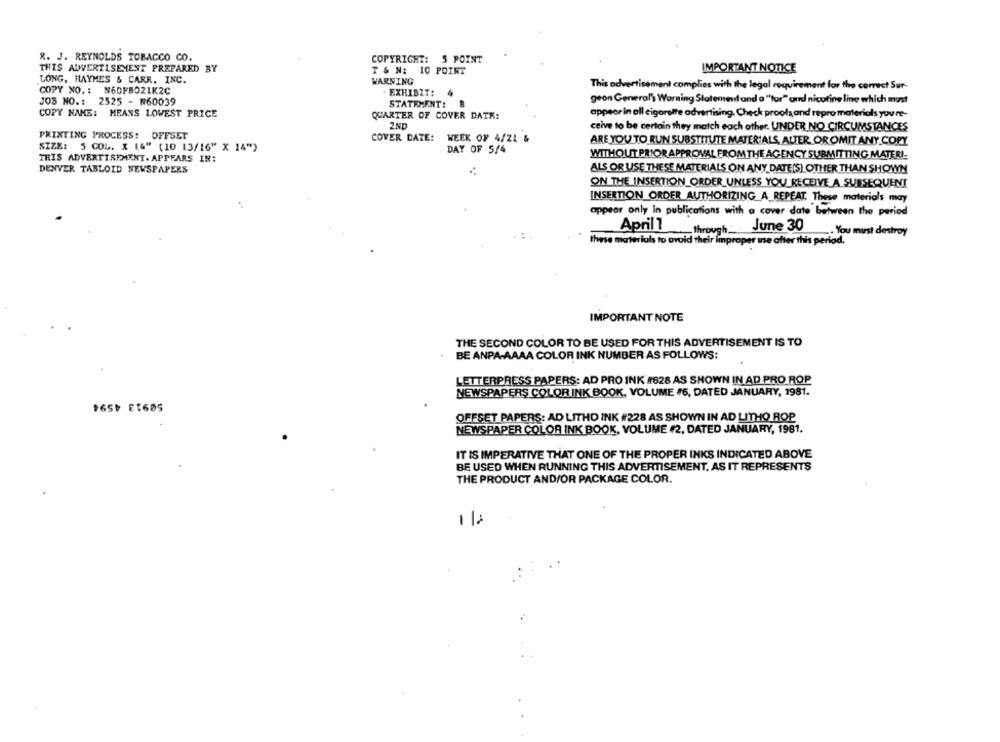
R. J. REYNOLDS TOBACCO CO.
COPYRIGHT: 5 POINT
THIS ADVERTISEMENT PREPARED BY
T & N: 10 POINT
IMPORTANT NOTICE
LONG, HAYMES & CARR, INC.
WARNING
COPY NO. : N6DFB021K2C
This advertisement complies with the legal requirement for the correct Sur-
EXHIBIT:
JOB NO .: 2525 - 60039
STATEMENT:
geon General's Warning Stateminil and a "'tor" and nicotine line which must
COPY NAME: MEANS LOWEST PRICE
QUARTER OF COVER DATE:
appear in all cigarette advertising. Check proofs,and repro materials you re-
2ND
ceive to be certain they match each other. UNDER NO CIRCUMSTANCES
PRINTING PROCESS: OFFSET
COVER DATE:
WEEK OF 4/21 &
ARE YOU TO RUN SUBSTITUTE MATERIALS, ALTER OR OMIT ANY.COPY
SIZE: 5 COL. X 14" (10 13/16" X 14")
DAY OF 5/4
WITHOUT PRIOR APPROVAL FROMTHE AGENCY SUBMITTING MATERI.
THIS ADVERTISEMENT. APPEARS IN:
DENVER TABLOID NEWSPAPERS
ALS OR USE THESE MATERIALS ON ANY DATE(S) OTHER THAN SHOWN
ON THE INSERTION_ORDER_UNLESS YOU RECEIVE A SUBSEQUENT
INSERTION_ORDER_AUTHORIZING_A_REPEAT. These materials may
appear only in publications with a cover date between the period
April1
through __
June 30
. You must destroy
these materials to avoid their improper une after this period.
IMPORTANT NOTE
THE SECOND COLOR TO BE USED FOR THIS ADVERTISEMENT IS TO
BE ANPA-AAAA COLOR INK NUMBER AS FOLLOWS:
LETTERPRESS PAPERS: AD PRO INK #628 AS SHOWN IN AD PRO ROP
NEWSPAPERS COLOR INK BOOK, VOLUME #6, DATED JANUARY, 1981.
165₺ ET605
OFFSET PAPERS: AD LITHO INK #228 AS SHOWN IN AD LITHO ROP
NEWSPAPER COLOR INK BOOK, VOLUME #2, DATED JANUARY, 1961.
IT IS IMPERATIVE THAT ONE OF THE PROPER INKS INDICATED ABOVE
BE USED WHEN RUNNING THIS ADVERTISEMENT, AS IT REPRESENTS
THE PRODUCT AND/OR PACKAGE COLOR.
1/2